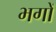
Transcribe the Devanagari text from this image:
भगों